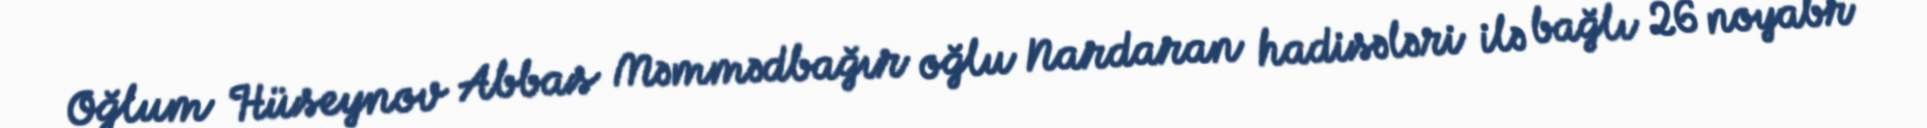
Oğlum Hüseynov Abbas Məmmədbağır oğlu Nardaran hadisələri ilə bağlı 26 noyabr